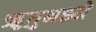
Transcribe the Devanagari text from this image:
ॠतुमध्ये